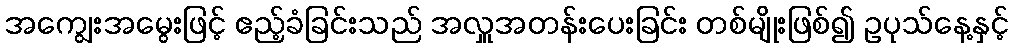
အကျွေးအမွေးဖြင့် ဧည့်ခံခြင်းသည် အလှူအတန်းပေးခြင်း တစ်မျိုးဖြစ်၍ ဥပုသ်နေ့နှင့်